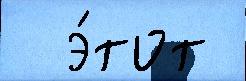
  э́тот